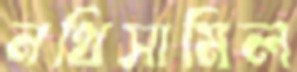
নথিসামিল